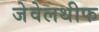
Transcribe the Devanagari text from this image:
जेवेलथीफ